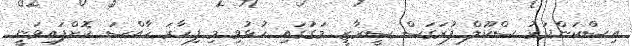
އިސްކަންދަރު ސްކޫލް ފުރަގަސް ސީރާޒީ މަގުގައި ހުޅުވި މި ފިހާރަ ހާއްސަ ކޮށްފައިވަނީ